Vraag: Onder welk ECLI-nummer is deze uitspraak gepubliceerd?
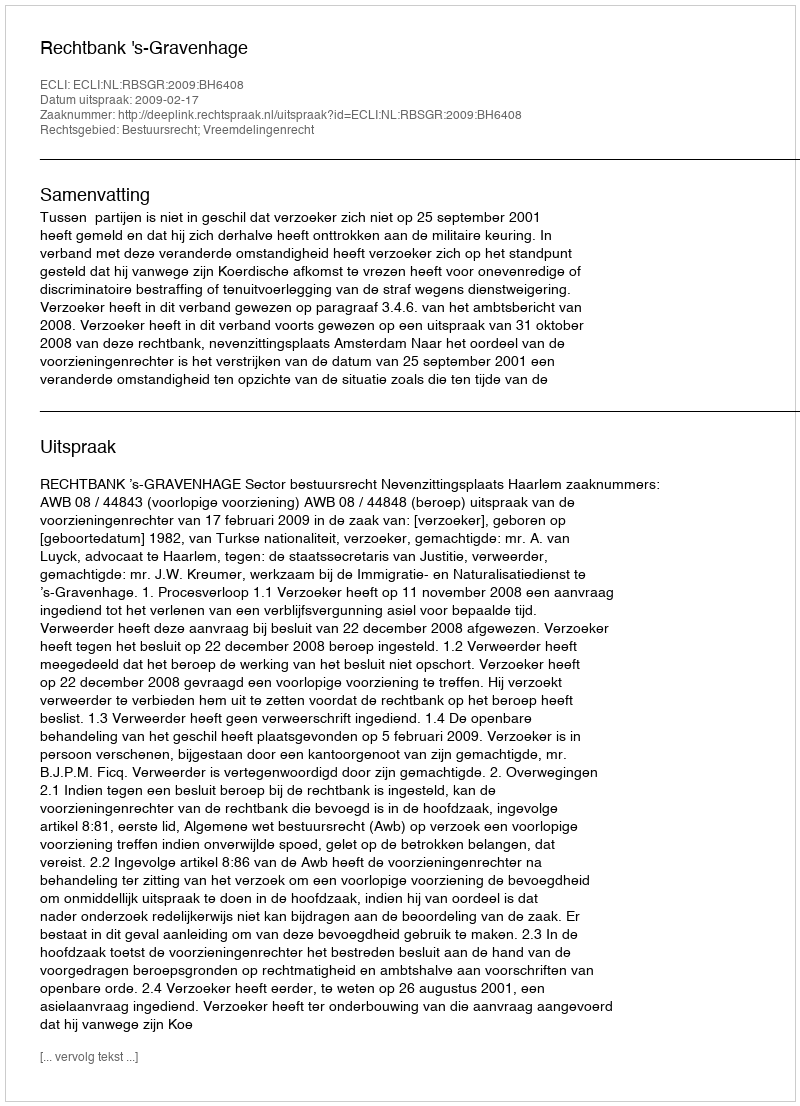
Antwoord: ECLI:NL:RBSGR:2009:BH6408